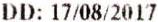
DD: 17/08/2017